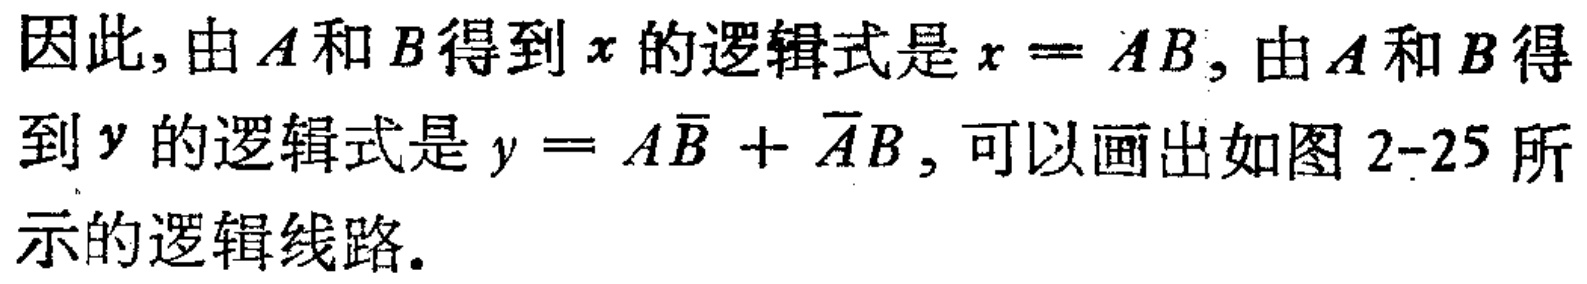
因此, 由\(A\)和\(B\)得到\(x\)的逻辑式是\(x = AB\), 由\(A\)和\(B\)得到\(y\)的逻辑式是\(y = A\overline{B} + \overline{A}B\), 可以画出如图 2-25 所示的逻辑线路.